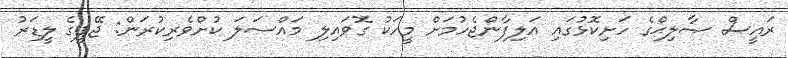
ރައީސް ޞާލިޙްގެ ހަށިކޮޅުގައި އަލިފާންޖެހުމަށް މީހަކު ގޮވައިލި މައްސަލަ ކުށްވެރިކުރަން: ޖޭޕީގެ ލީޑަރު